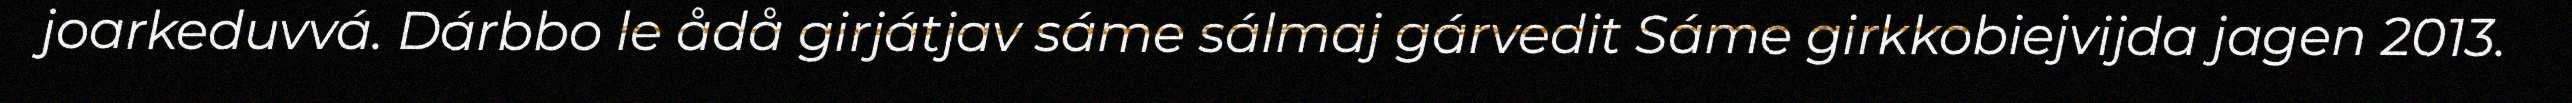
joarkeduvvá. Dárbbo le ådå girjátjav sáme sálmaj gárvedit Sáme girkkobiejvijda jagen 2013.